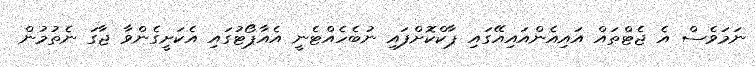
ނަމަވެސް އެ ޖެޓްތައް އައިއެންއައިއޭގައި ޕާކްކޮށްފައި ނުބެހެއްޓެނީ އެއާޕޯޓުގައި އެކަށީގެންވާ ޖާގަ ނެތުމުން